Bréfritari: Klemens Björnsson
Viðtakandi: Jón Borgfirðings Jónsson
Dagsetning: A-1859-12-27
Skrifað á: Brekka  Gull.

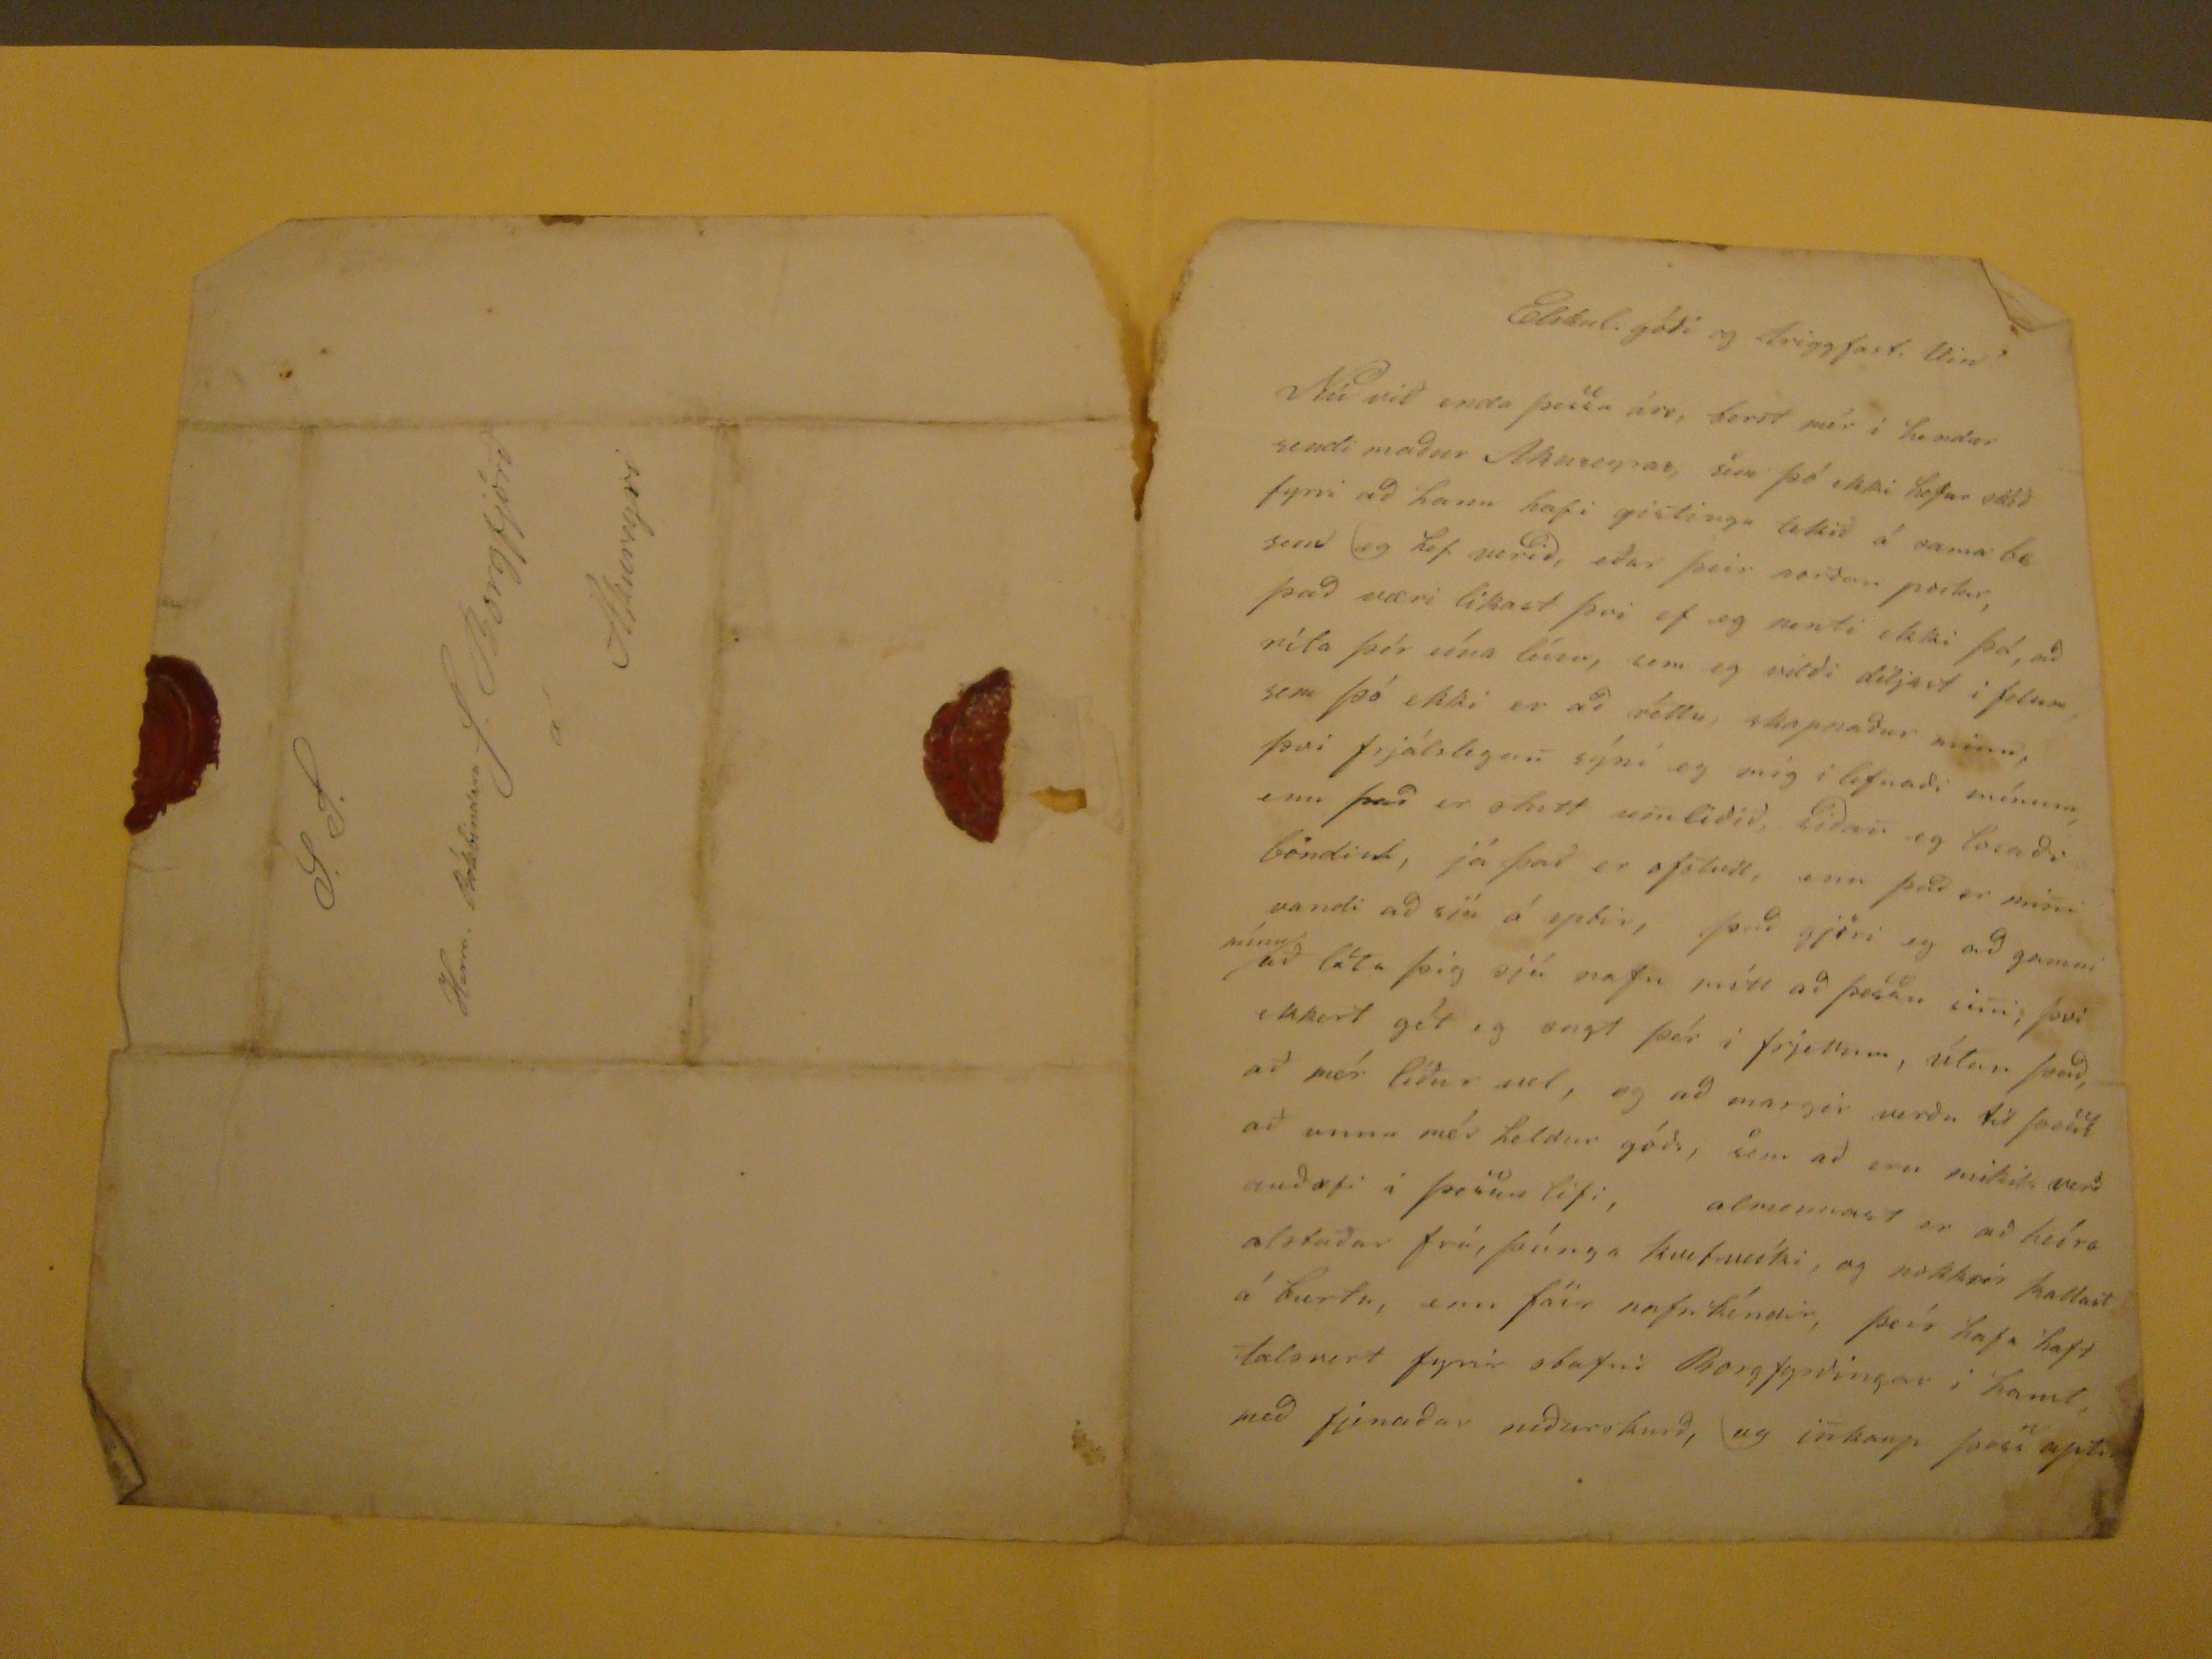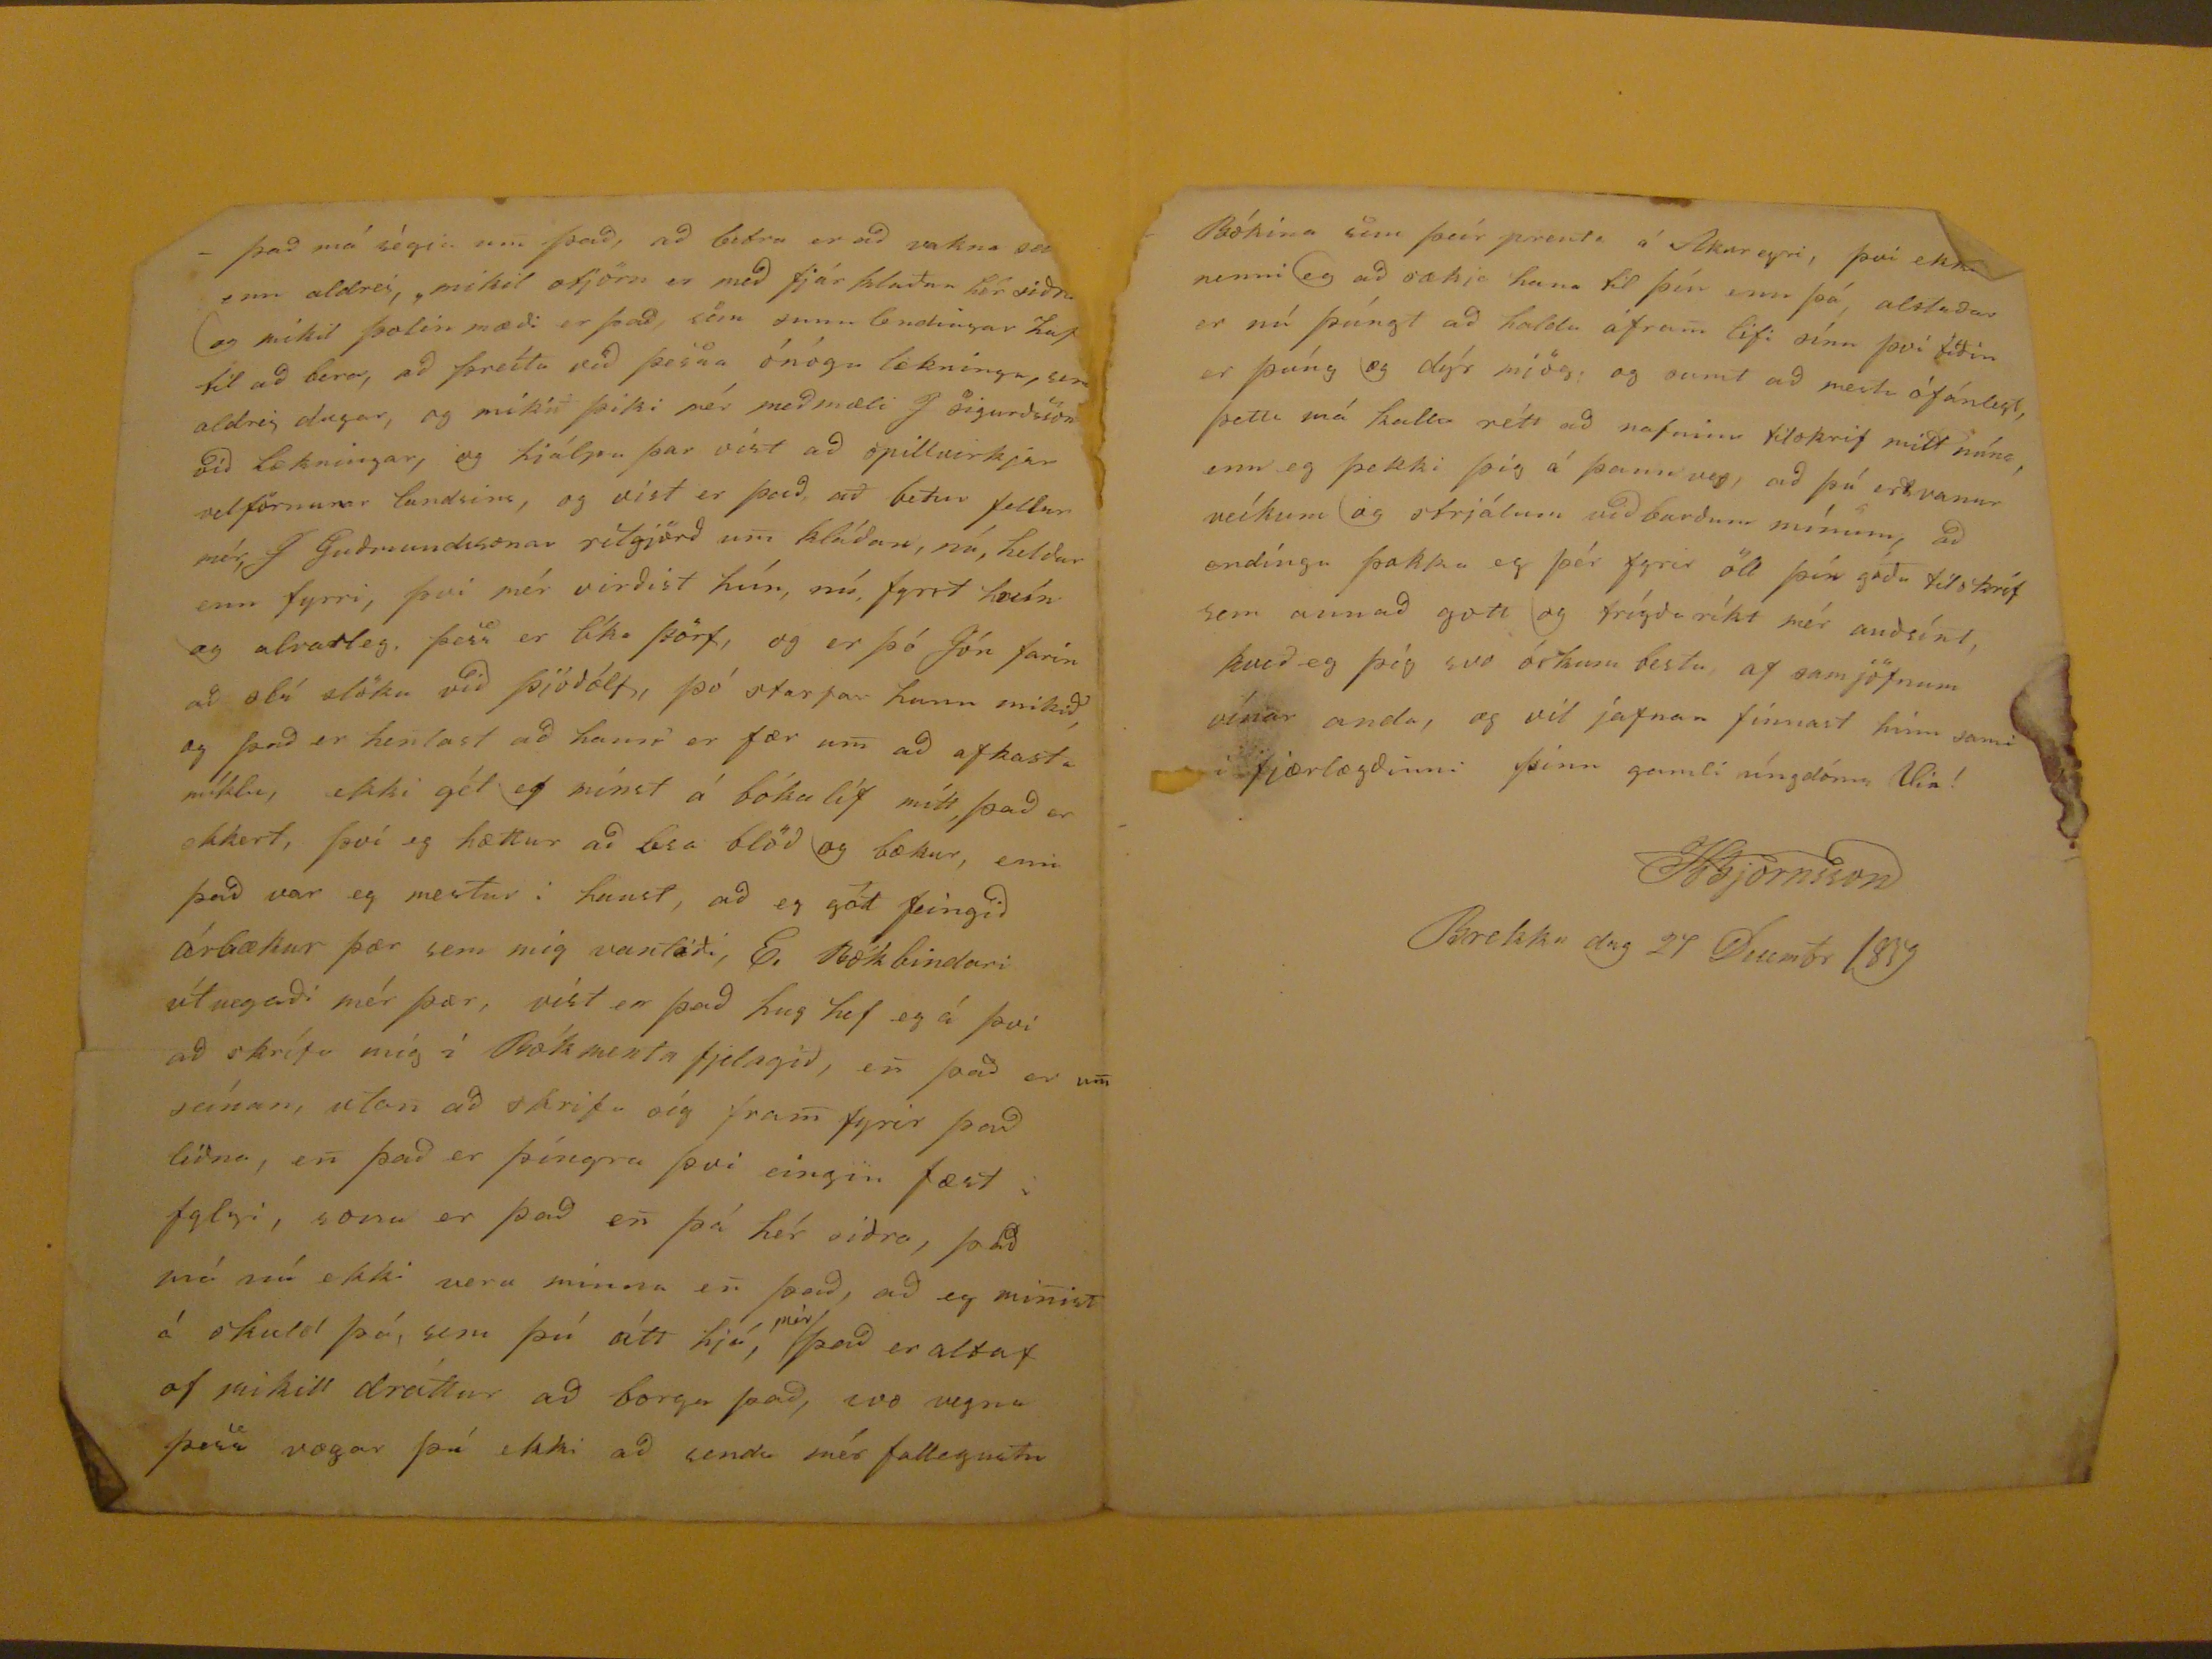

Elskul. góði og triggfast. Vin
Nú við enda þessa árs, berst mér i hendur sendi máður Akureyrar, sem þó ekki hefur skéð fyrri að hann hafi gistingu tekið á sama bæ sem og hef verið, eður þeir norður postur, það væri likast þvi ef eg nenti ekki þá, að ríta þér eína línu, sem eg vilði diljast i felum sem þó ekki er að réttu, skapnaður minn, þvi frjálslegan sýni eg mig i lifnaði mínum, enn það er óhætt umliðið, síðan eg losaði
böndint
já það er
ofstutt
, enn það er mini vandi að sjá á eptir, það gjöri eg að gamni
mínu
að láta þig sjá nafn mitt að þessu sini, þvi ekkert gét eg sagt þér i frjettum, útan það, að mér líður vel, og að margir verða til þess að unna mér heldur góðs, sem að eru mikils verð auðæfi i þessu lifi, almennast er að heíra alstaðar frá, þúnga kvefveíki, og nokkrir kallast á burtu, enn fáir nafnkéndir, þeír hafa haft talsvert fyrir stafni Borgfyrðingar i haust, með fjenaðar niðurskurð, og inkaup þess aptur
það má ségia um það, að betra er að vakna
seinna
enn aldrei, mikil stjórn er með fjárklaðan hér siðra og mikil þolinmæði er það, sem sunnlendingar hafa til að bera, að þreíta við þessa ónógu lækningu, sem aldrei dugar, og mikið þiki mér meðmæli J sigruðsson við lækningar, og hjálpa þar víst að spillvirkjar velförnunar lansins, og víst er það að betur fellur mér, J Guðmundssonar ritgjörð um kláðan, nú, heldur en fyrri, þvi mér virðist hún, nú fyrst
hrein
og alvarleg, þess er líka þörf, og er þó Jón farin að slá slöku við þjóðólf, þó starfar hann mikið, og það er hentast að hann er fær um að afkasta míklu, ekki gét eg mínst á bókalíf mitt, það er ekkert, því eg hættur að lesa blöð og bækur, enn það var eg mestur i haust, að eg gat feinigð árbækur þær sem mig vantaði, E. Bókbindari útvegaði mér þær, víst er það hug hef eg á því að skrífa mig í Bókmenta fjelagið, er það er um seínan, utan að skrifa sig fram fyrir það liðna, en það er þíngra þvi eingin fæst i
fylgi
, sona er það en þá hér siðra, það má nú ekki vera minna en það, að eg minist á skuld þá, sem þú átt hjá,
mér
það er altaf of mikil dráttur að borga það, svo vegna þess vægar þú ekki að senda mér fallegustu
Bókina sem þeir prenta á Akureyri, því ekki nenni eg að sækja hana til þín enn þá, alstaðar er nú þúngt að halda áfram lifi sínu því tiðin er þúng og dýr mjög; og sumt að mestu ófánlegt, þetta má kalla rétt að nafninu tilskrif mitt núna, enn eg þekki þig á þann veg, að þú ert vanur veíkum og strjálum við burðum mínum, að endíngu þakka eg þér fyrir öll þér góðu tilskrif sem annað gott og trígðaríkt mér auðsínt, kveð eg þig svo óskum bestu, af samjöfnum vínar anda, og vil jafnan finnast hinn sami i fjærlægðinni þinn gamli úngdóms Vin!
KBjörnasson
Brekku dag 27 Decembr 1859
S.T.
Herra Bókbindara J. Borgfjörð
á
Akureyri